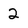
Character: 2